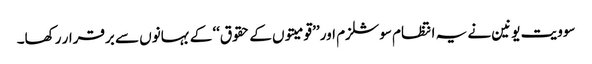
سوویت یونین نے یہ انتظام سوشلزم اور ’’قومیتوں کے حقوق‘‘ کے بہانوں سے برقرار رکھا۔